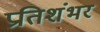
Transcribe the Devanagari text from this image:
प्रतिशंभर